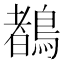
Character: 𪃙